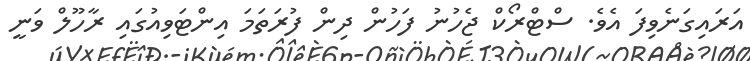
އަރައިގަނެވިފަ އެވެ. ސްޓްރޯކް ޖެހުނު ފަހުން ދިން ފުރަތަމަ އިންޓަވިއުގައި ރާހޫލް ވަނީ